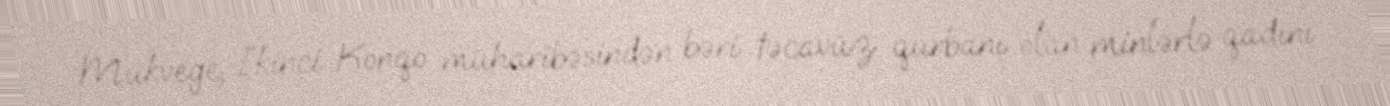
Mukvege, İkinci Konqo müharibəsindən bəri təcavüz qurbanı olan minlərlə qadını